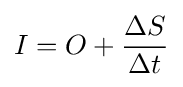
I=O+{\frac {\Delta S}{\Delta t}}